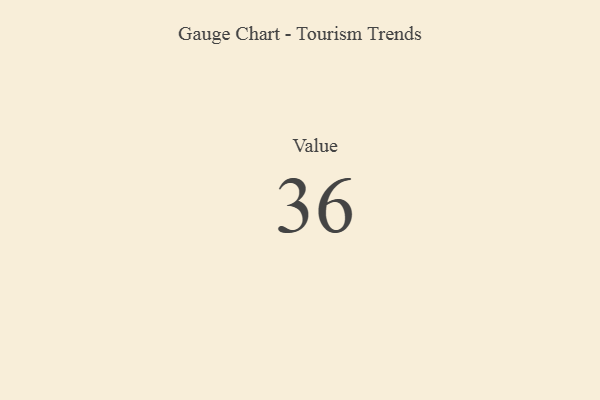
{"axis": {"x": "Metric", "y": "Value"}, "legend": [""], "data": [{"x": "Value", "y": 36, "type": ""}]}